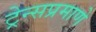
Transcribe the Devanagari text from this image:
ट्रेन्सप्रमाणे